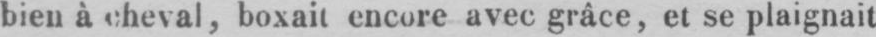
bien à cheval, boxait encore avec grâce, et se plaignait